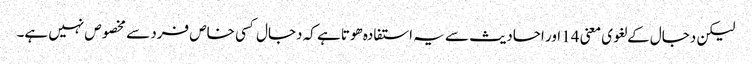
لیکن دجال کے لغوی معنی 14 اور احادیث سے یہ استفادہ ھوتا ہے کہ دجال کسی خاص فرد سے مخصوص نہیں ہے۔